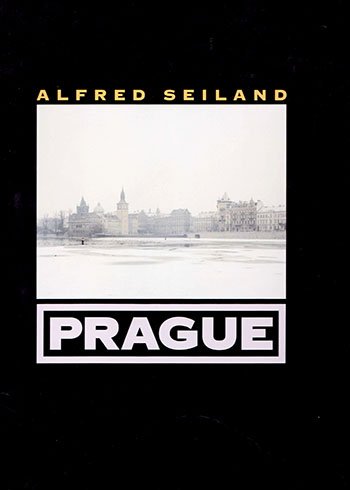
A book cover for Prague; Ivan Kl'ma; Travel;